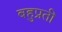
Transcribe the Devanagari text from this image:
बहुप्रती